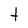
Character: t